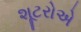
શૂટરોએ